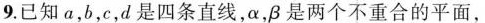
9.已知α，b，c，d是四条直线，α，β是两个不重合的平面，